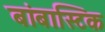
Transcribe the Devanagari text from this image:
बांबास्टिक